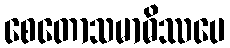
စေတောသမာဓိဿပေ